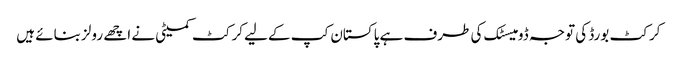
کرکٹ بورڈ کی توجہ ڈومیسٹک کی طرف ہے پاکستان کپ کےلیے کرکٹ کمیٹی نے اچھے رولز بنائے ہیں